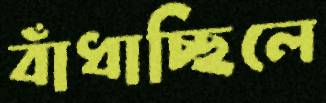
বাঁধাচ্ছিলে